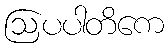
ဩပပါတိကေ